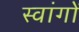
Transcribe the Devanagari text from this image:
स्वांगों